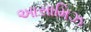
આસામિઝ